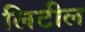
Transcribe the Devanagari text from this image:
लिटील